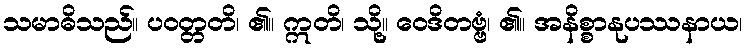
သမာဓိသည်။ ပဝတ္တတိ၊ ၏။ ဣတိ၊ သို့။ ဝေဒိတဗ္ဗံ၊ ၏။ အနိစ္စာနုပဿနာယ၊